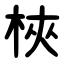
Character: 梜